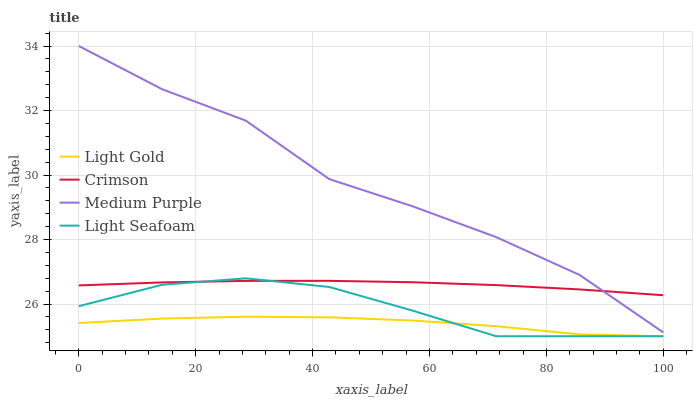
| xaxis_label | Light Gold | Crimson | Medium Purple | Light Seafoam |
 | --- | --- | --- | --- | --- |
 | 0 | 25.4 | 26.6 | 34 | 25.9 |
 | 14.3 | 25.5 | 26.7 | 32.7 | 26.6 |
 | 28.6 | 25.6 | 26.7 | 31.7 | 26.8 |
 | 42.9 | 25.6 | 26.7 | 29.9 | 26.5 |
 | 57.1 | 25.5 | 26.7 | 29 | 25.8 |
 | 71.4 | 25.3 | 26.6 | 28.1 | 25 |
 | 85.7 | 25.1 | 26.5 | 26.9 | 25 |
 | 100 | 25 | 26.3 | 25.1 | 25 |